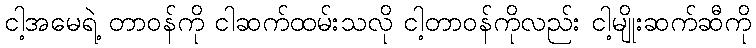
ငါ့အမေရဲ့ တာဝန်ကို ငါဆက်ထမ်းသလို ငါ့တာဝန်ကိုလည်း ငါ့မျိုးဆက်ဆီကို